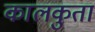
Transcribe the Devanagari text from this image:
कालकुता